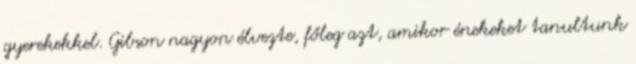
gyerekekkel. Gibson nagyon élvezte, főleg azt, amikor énekeket tanultunk